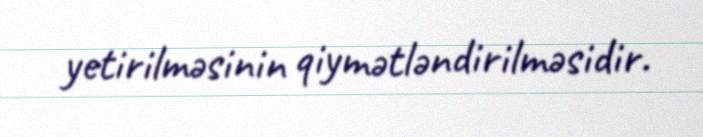
yetirilməsinin qiymətləndirilməsidir.